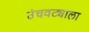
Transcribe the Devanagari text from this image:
उंचवट्याला